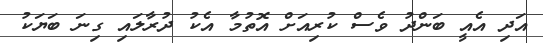
އަދި އެއީ ބަންދު ވެސް ކުރިއަށް އޮތުމާ އެކު ދުރާލައި ގިނަ ބަޔަކު